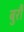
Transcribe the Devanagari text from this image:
बुर्रौ